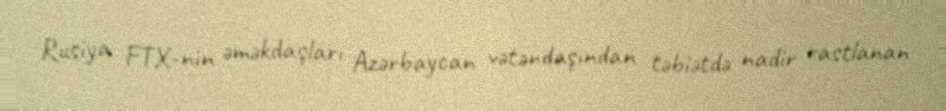
Rusiya FTX-nin əməkdaşları Azərbaycan vətəndaşından təbiətdə nadir rastlanan